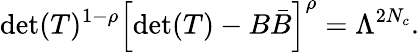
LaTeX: \mathrm{det}(T)^{1-\rho}\left[\mathrm{det}(T)-B{\bar{B}}\right]^{\rho}=\Lambda^{2N_{c}}.